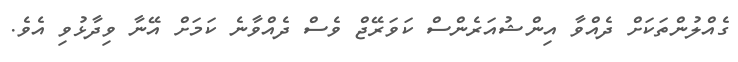
ގެއްލުންތަކަށް ދެއްވާ އިންޝުއަރެންސް ކަވަރޭޖް ވެސް ދެއްވާނެ ކަމަށް އޭނާ ވިދާޅުވި އެވެ.